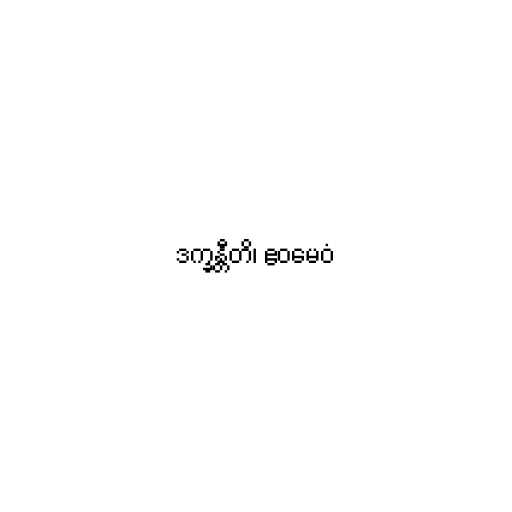
ဒက္ခန္တီတိ၊ ဧဝမေဝံ